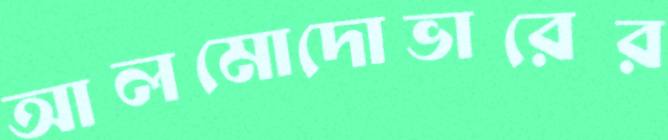
আলমোদোভারের